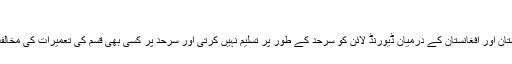
"
افغان حکومت پاکستان اور افغانستان کے درمیان ڈیورنڈ لائن کو سرحد کے طور پر تسلیم نہیں کرتی اور سرحد پر کسی بھی قسم کی تعمیرات کی مخالفت کر تی رہی ہے۔